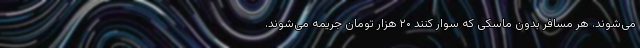
می‌شوند. هر مسافر بدون ماسکی که سوار کنند ۲۰ هزار تومان جریمه می‌شوند.